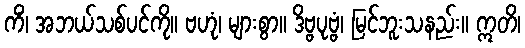
ကိံ၊ အဘယ်သစ်ပင်ကို။ ဗဟုံ၊ များစွာ။ ဒိဗ္ဗပုဗ္ဗံ၊ မြင်ဘူးသနည်း။ ဣတိ၊